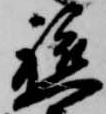
軈